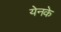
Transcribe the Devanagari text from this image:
येनके